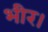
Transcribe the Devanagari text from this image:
भीर।